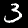
Label: 3